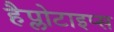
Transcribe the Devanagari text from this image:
हैप्लोटाइप्स